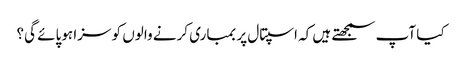
کیا آپ سمجھتے ہیں کہ اسپتال پر بمباری کرنے والوں کو سزا ہوپائے گی؟